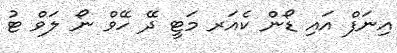
އިނަފް އައި ޑޯން ކެއަރ މަޓީ ދޭ ހޭވް ނޯ ލަވް ޓު